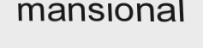
mansional